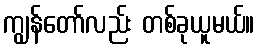
ကျွန်တော်လည်း တစ်ခုယူမယ်။